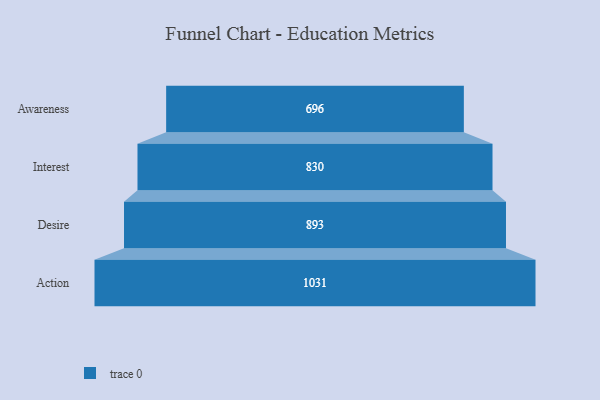
{"axis": {"x": "Stage", "y": "Value"}, "legend": [""], "data": [{"x": "Awareness", "y": 696.0, "type": ""}, {"x": "Interest", "y": 830.0, "type": ""}, {"x": "Desire", "y": 893.0, "type": ""}, {"x": "Action", "y": 1031.0, "type": ""}]}